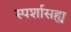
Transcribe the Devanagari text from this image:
स्पर्शासह्य